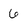
Character: 6